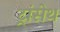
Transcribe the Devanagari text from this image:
ट्रांसेथ